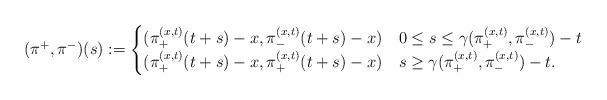
LaTeX: \begin{align*}(\pi^+, \pi^-)(s) :=\begin{cases}(\pi^{(x,t)}_+(t+s) - x, \pi^{(x,t)}_-(t+s) - x) & 0 \leq s \leq \gamma(\pi^{(x,t)}_+, \pi^{(x,t)}_-) - t \\(\pi^{(x,t)}_+(t+s) - x, \pi^{(x,t)}_+(t+s) - x) & s \geq \gamma(\pi^{(x,t)}_+, \pi^{(x,t)}_-) - t .\end{cases}\end{align*}